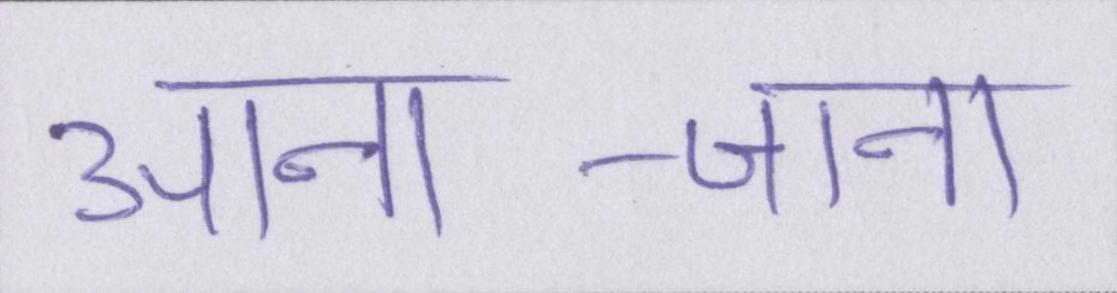
आना-जाना